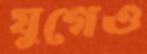
যুগেও